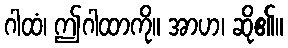
ဂါထံ၊ ဤဂါထာကို။ အာဟ၊ ဆို၏။